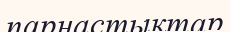
парнастықтар